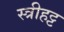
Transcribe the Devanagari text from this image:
स्त्रीहट्ट